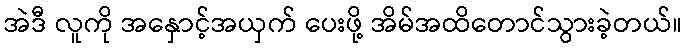
အဲဒီ လူကို အနှောင့်အယှက် ပေးဖို့ အိမ်အထိတောင်သွားခဲ့တယ်။